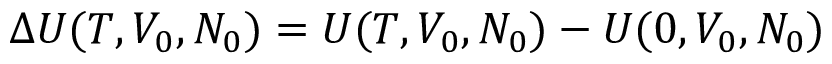
\Delta U ( T , V _ { 0 } , N _ { 0 } ) = U ( T , V _ { 0 } , N _ { 0 } ) - U ( 0 , V _ { 0 } , N _ { 0 } )